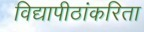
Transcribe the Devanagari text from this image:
विद्यापीठांकरिता